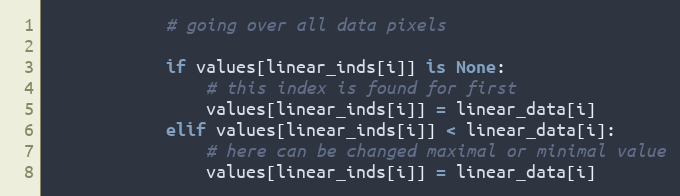
Language: Python
            # going over all data pixels

            if values[linear_inds[i]] is None:
                # this index is found for first
                values[linear_inds[i]] = linear_data[i]
            elif values[linear_inds[i]] < linear_data[i]:
                # here can be changed maximal or minimal value
                values[linear_inds[i]] = linear_data[i]